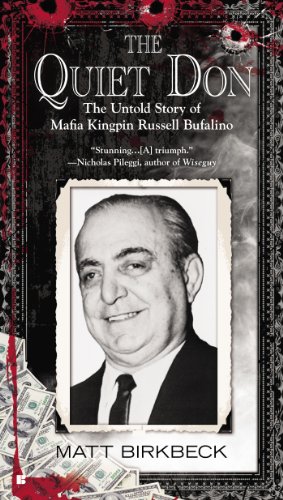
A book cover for The Quiet Don: The Untold Story of Mafia Kingpin Russell Bufalino; Matt Birkbeck; Biographies & Memoirs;